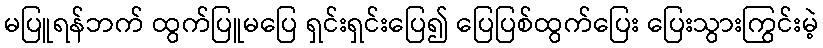
မပြူရန်ဘက် ထွက်ပြူမပြေ ရှင်းရှင်းပြေ၍ ပြေပြစ်ထွက်ပြေး ပြေးသွားကြွင်းမဲ့